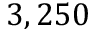
3 , 2 5 0